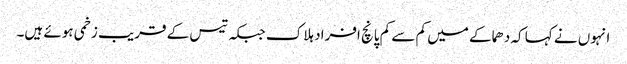
انہوں نے کہا کہ دھماکے میں کم سے کم پانچ افراد ہلاک جبکہ تیس کے قریب زخمی ہوئے ہیں۔